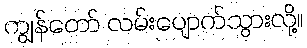
ကျွန်တော် လမ်းပျောက်သွားလို့။